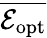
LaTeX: \overline{{\mathcal E_{\mathrm{opt}}}}